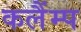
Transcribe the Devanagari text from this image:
कलैंम्प